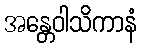
အန္တေဝါသိကာနံ